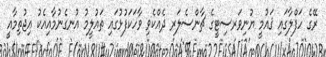
ރޭގެ ހަފްލާގައި ޤައުމީ ޔުނިވަރސިޓީގެ ޗާންސެލަރ ދެއްކެވި ވާހަކަފުޅުގައި ތައުލީމު އުނގެނުމާއިއެކު އިޖުތިމާއީ